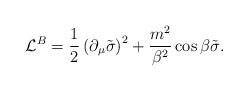
LaTeX: \begin{align*}{\cal L}^B = \frac{1}{2} \left(\partial_{\mu}\tilde{\sigma} \right)^2 + \frac{m^2}{\beta^2} \cos \beta \tilde{\sigma}.\end{align*}